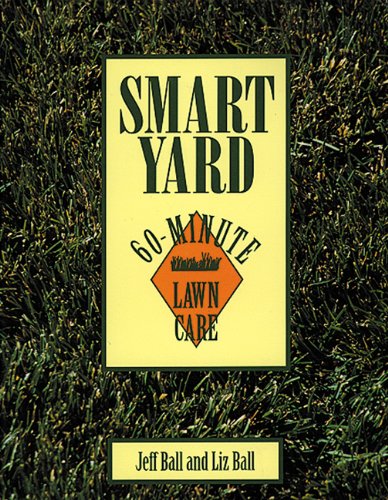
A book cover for Smart Yard: 60-Minute Lawn Care; Jeff Ball; Crafts, Hobbies & Home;